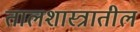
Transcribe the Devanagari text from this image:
तालशास्त्रातील